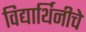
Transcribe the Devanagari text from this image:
विद्यार्थिनीचे